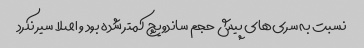
نسبت به سری‌های پیش حجم ساندویچ کمتر شده بود و اصلا سیر نکرد